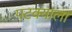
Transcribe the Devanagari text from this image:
पटक्याला